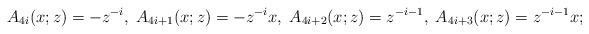
\begin{align*}A_{4i}(x;z)=-z^{-i},\;A_{4i+1}(x;z)=-z^{-i}x,\;A_{4i+2}(x;z)=z^{-i-1},\;A_{4i+3}(x;z)=z^{-i-1}x;\end{align*}